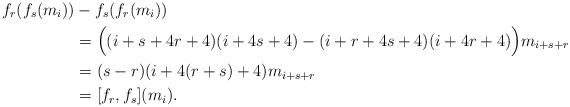
\begin{align*}f_r(f_s(m_i))&-f_s(f_r(m_i))\\ &=\Bigl((i+s+4r+4)(i+4s+4)-(i+r+4s+4)(i+4r+4)\Bigr)m_{i+s+r}\\ &=(s-r)(i+4(r+s)+4)m_{i+s+r}\\ &=[f_r,f_s](m_i).\end{align*}